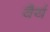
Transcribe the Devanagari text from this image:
वैर्य